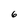
Character: 6